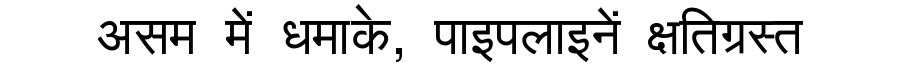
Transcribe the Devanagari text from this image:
असम में धमाके, पाइपलाइनें क्षतिग्रस्त